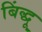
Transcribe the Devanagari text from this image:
बिंद्धू